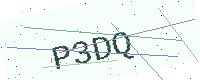
Text: P3DQ